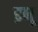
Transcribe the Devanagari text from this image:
इनू